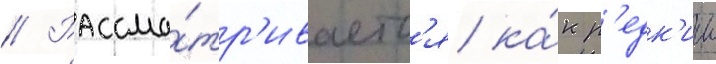
// Рассма́тр'иваетс'я ка́к р'едк'ии